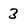
Character: 3